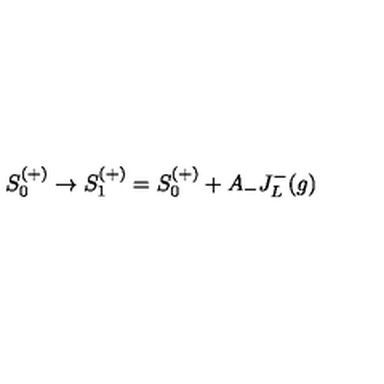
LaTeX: S _ { 0 } ^ { ( + ) } \rightarrow S _ { 1 } ^ { ( + ) } = S _ { 0 } ^ { ( + ) } + A _ { - } J _ { L } ^ { - } ( g )